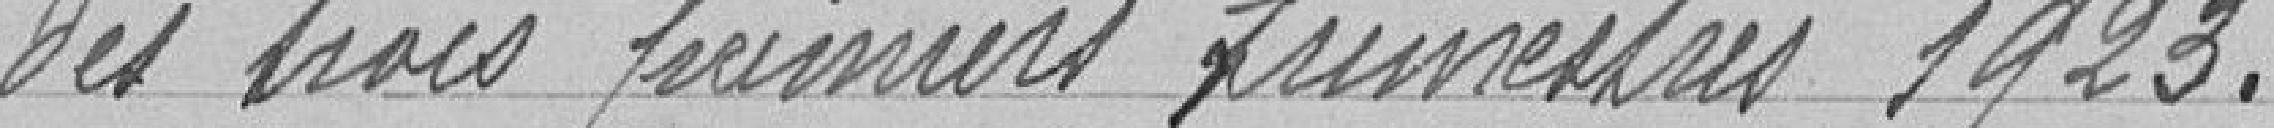
des trois premiers trimestres 1923 .